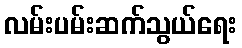
လမ်းပမ်းဆက်သွယ်ရေး